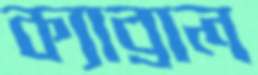
ক্যাব্রাল